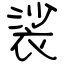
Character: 裟